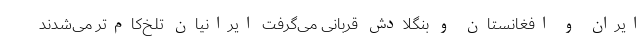
ایران و افغانستان و بنگلادش قربانی می‌گرفت ایرانیان تلخ‌کام‌تر می‌شدند